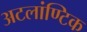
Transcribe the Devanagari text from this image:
अटलांण्टिक